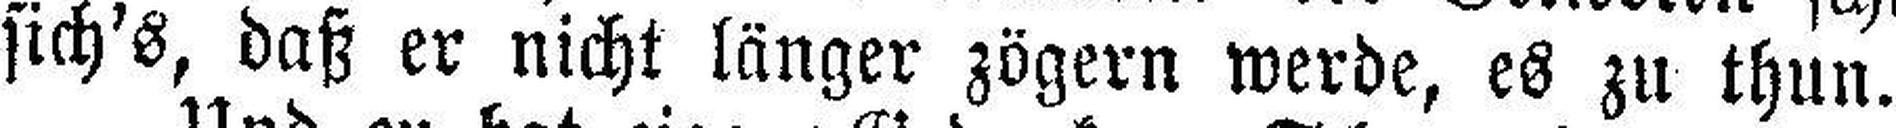
sich's, daß er nicht länger zögern werde, es zu thun.